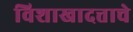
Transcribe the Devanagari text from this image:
विशाखादत्ताचे